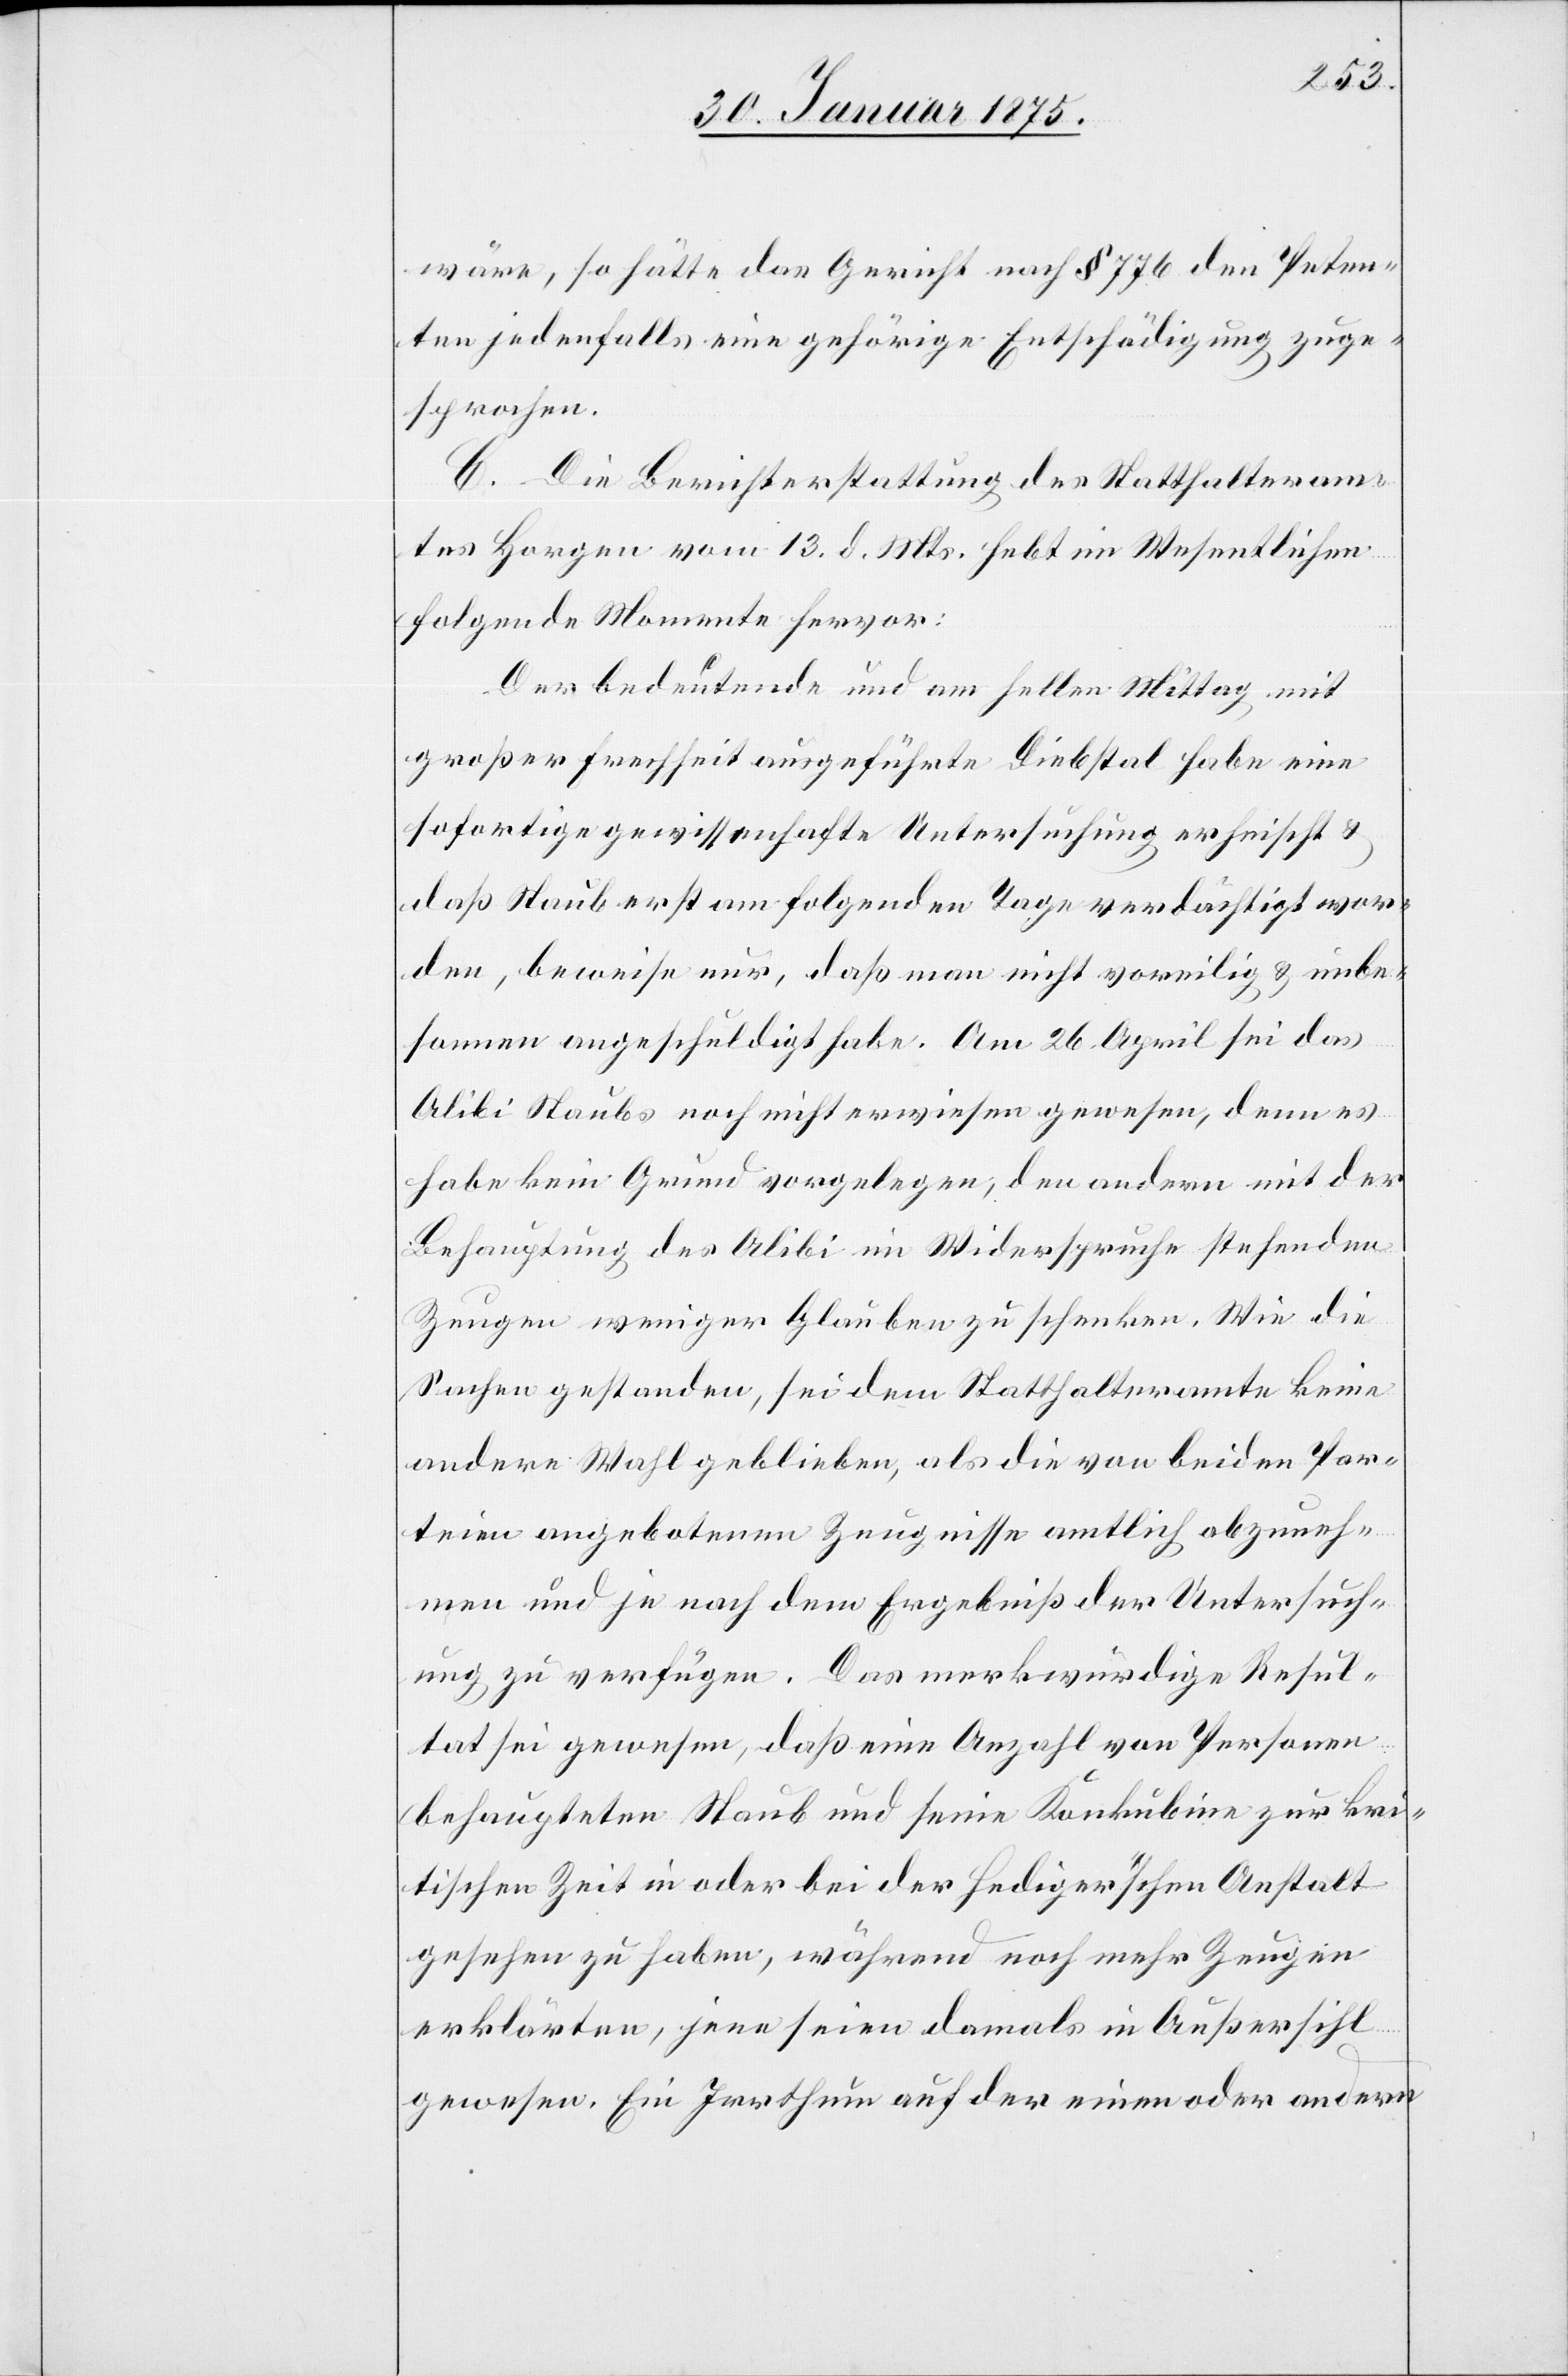
wäre, so hätte das Gericht nach § 776 den Peten¬
ten jedenfalls eine gehörige Entschädigung zuge¬
sprochen.
C. Die Berichterstattung des Statthalteram¬
tes Horgen vom 13. d. Mts. hebt im Wesentlichen
folgende Momente hervor:
Der bedeutende und am hellen Mittag mit
großer Frechheit ausgeführte Diebstal habe eine
sofortige gewissenhafte Untersuchung erheischt &
daß Staub erst am folgenden Tage verdächtigt wor¬
den, beweise nur, daß man nicht voreilig & unbe¬
sonnen angeschuldigt habe. Am 26. April sei das
Alibi Staubs noch nicht erwiesen gewesen, denn es
habe kein Grund vorgelegen, den andern mit der
Behauptung des Alibi im Widerspruche stehenden
Zeugen weniger Glauben zu schenken. Wie die
Sachen gestanden, sei dem Statthalteramte keine
andere Wahl geblieben, als die von beiden Par¬
teien angebotenen Zeugnisse amtlich abzuneh¬
men und je nach dem Ergebniß der Untersuch¬
ung zu verfügen. Das merkwürdige Resul¬
tat sei gewesen, daß eine Anzahl von Personen
behaupteten Staub und seine Konkubine zur kri¬
tischen Zeit in oder bei der Hediger’schen Anstalt
gesehen zu haben, während noch mehr Zeugen
erklärten, jene seien damals in Außersihl
gewesen. Ein Irrthum auf der einen oder andern